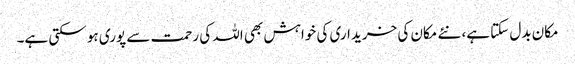
مکان بدل سکتا ہے، نئے مکان کی خریداری کی خواہش بھی اللہ کی رحمت سے پوری ہو سکتی ہے۔